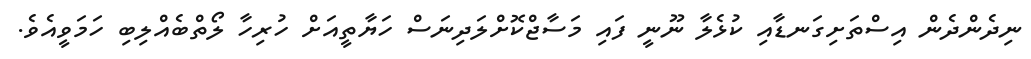
ނިދެންދެން އިސްތަށިގަނޑާއި ކުޅެލާ ނޫނީ ފައި މަސާޖްކޮށްލަދިނަސް ހަޔާތީއަށް ހުރިހާ ލޯތްބެއްލިބި ހަމަވީއެވެ.